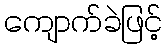
ကျောက်ခဲဖြင့်